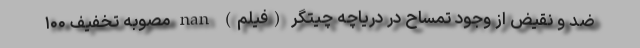
ضد و نقیض از وجود تمساح در دریاچه چیتگر (فیلم) nan مصوبه تخفیف ۱۰۰